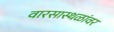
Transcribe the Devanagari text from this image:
वारसास्थळांवर